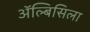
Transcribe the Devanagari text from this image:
ॲल्बिसिला